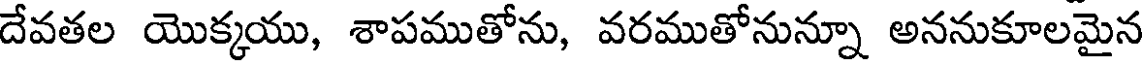
దేవతల యొక్కయు, శాపముతోను, వరముతోనున్నూ అననుకూలమైన